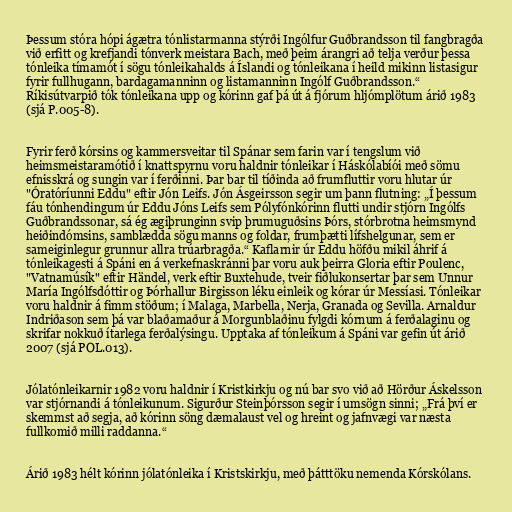
Þessum stóra hópi ágætra tónlistarmanna stýrði Ingólfur Guðbrandsson til fangbragða
við erfitt og krefjandi tónverk meistara Bach, með þeim árangri að telja verður þessa
tónleika tímamót í sögu tónleikahalds á Íslandi og tónleikana í heild mikinn listasigur
fyrir fullhugann, bardagamanninn og listamanninn Ingólf Guðbrandsson.“
Ríkisútvarpið tók tónleikana upp og kórinn gaf þá út á fjórum hljómplötum árið 1983
(sjá P.005-8).

Fyrir ferð kórsins og kammersveitar til Spánar sem farin var í tengslum við
heimsmeistaramótið í knattspyrnu voru haldnir tónleikar í Háskólabíói með sömu
efnisskrá og sungin var í ferðinni. Þar bar til tíðinda að frumfluttir voru hlutar úr
"Óratóríunni Eddu" eftir Jón Leifs. Jón Ásgeirsson segir um þann flutning: „Í þessum
fáu tónhendingum úr Eddu Jóns Leifs sem Pólyfónkórinn flutti undir stjórn Ingólfs
Guðbrandssonar, sá ég ægiþrunginn svip þrumuguðsins Þórs, stórbrotna heimsmynd
heiðindómsins, samblædda sögu manns og foldar, frumþætti lífshelgunar, sem er
sameiginlegur grunnur allra trúarbragða.“ Kaflarnir úr Eddu höfðu mikil áhrif á
tónleikagesti á Spáni en á verkefnaskránni þar voru auk þeirra Gloria eftir Poulenc,
"Vatnamúsík" eftir Händel, verk eftir Buxtehude, tveir fiðlukonsertar þar sem Unnur
María Ingólfsdóttir og Þórhallur Birgisson léku einleik og kórar úr Messíasi. Tónleikar
voru haldnir á fimm stöðum; í Malaga, Marbella, Nerja, Granada og Sevilla. Arnaldur
Indriðason sem þá var blaðamaður á Morgunblaðinu fylgdi kórnum á ferðalaginu og
skrifar nokkuð ítarlega ferðalýsingu. Upptaka af tónleikum á Spáni var gefin út árið
2007 (sjá POL.013).

Jólatónleikarnir 1982 voru haldnir í Kristkirkju og nú bar svo við að Hörður Áskelsson
var stjórnandi á tónleikunum. Sigurður Steinþórsson segir í umsögn sinni; „Frá því er
skemmst að segja, að kórinn söng dæmalaust vel og hreint og jafnvægi var næsta
fullkomið milli raddanna.“

Árið 1983 hélt kórinn jólatónleika í Kristskirkju, með þátttöku nemenda Kórskólans.